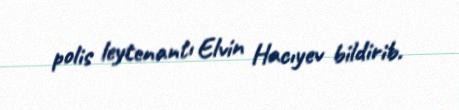
polis leytenantı Elvin Hacıyev bildirib.